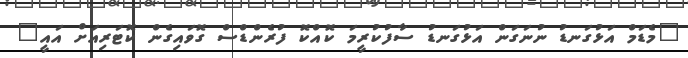
"މެޑަމް އަޅުގަނޑު ނުނަގަން އަޅުގަނޑު ސާފުކުރީމަ ކޮއްކޮ ފުރެންޑްސް ގޮވައިގެން ކޮޓަރިއަށް އައީ"